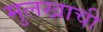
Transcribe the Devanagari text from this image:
मुलखाची